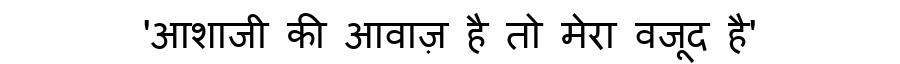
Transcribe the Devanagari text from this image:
'आशाजी की आवाज़ है तो मेरा वजूद है'